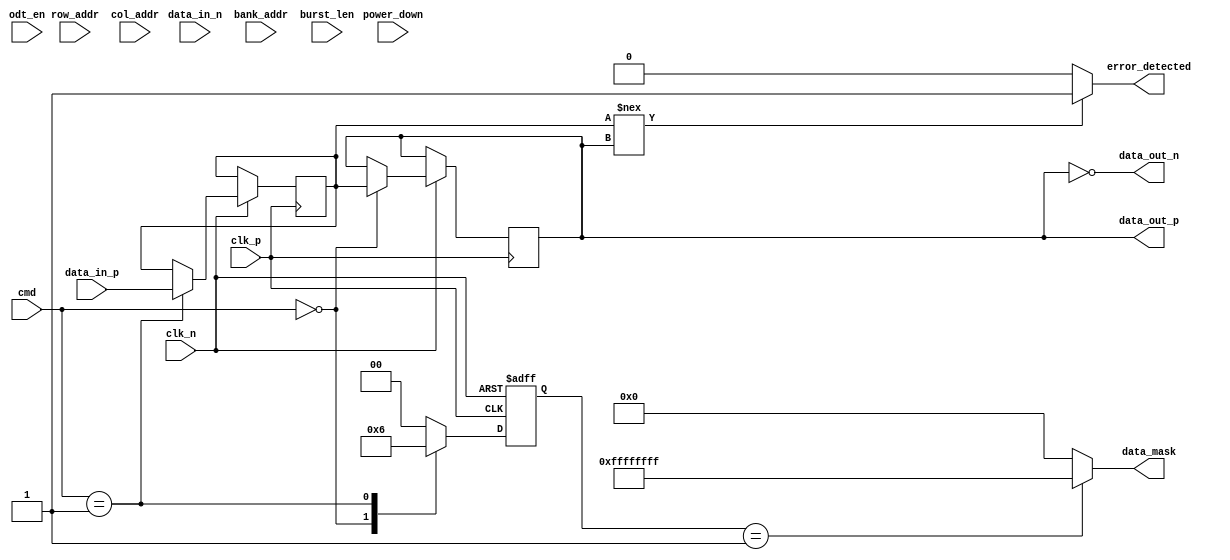
module LPDDR5_IO_Block (
    input wire clk_p,           // Differential Clock Positive
    input wire clk_n,           // Differential Clock Negative
    input wire [31:0] data_in_p, // Differential Data Input Positive (x32)
    input wire [31:0] data_in_n, // Differential Data Input Negative (x32)
    output wire [31:0] data_out_p, // Differential Data Output Positive (x32)
    output wire [31:0] data_out_n, // Differential Data Output Negative (x32)
    input wire [1:0] cmd,      // Command Input (00: Read, 01: Write, 10: Refresh)
    input wire [3:0] bank_addr, // Bank Address
    input wire [15:0] row_addr,  // Row Address
    input wire [15:0] col_addr,  // Column Address
    input wire odt_en,          // On-Die Termination Enable
    input wire power_down,      // Power Down Mode
    input wire [1:0] burst_len,  // Burst Length (00: BL=4, 01: BL=8, etc.)
    output wire error_detected,  // Error Detection Signal
    output wire [31:0] data_mask // Data Mask for Partial Writes
);

// Internal signals
reg [31:0] data_reg;
reg [31:0] data_out_reg;
reg [1:0] state;
reg odt_enabled;

// State Machine for Command Processing
always @(posedge clk_p or negedge clk_n) begin
    if (!clk_n) begin
        state <= 2'b00; // Reset state
    end else begin
        case (cmd)
            2'b00: begin // Read Command
                // Implement read logic
                data_out_reg <= data_reg; // Example read operation
                state <= 2'b01; // Move to next state
            end
            2'b01: begin // Write Command
                // Implement write logic
                data_reg <= data_in_p; // Example write operation
                state <= 2'b10; // Move to next state
            end
            2'b10: begin // Refresh Command
                // Implement refresh logic
                state <= 2'b00; // Return to reset state
            end
            default: state <= 2'b00; // Default to reset state
        endcase
    end
end

// On-Die Termination Logic
always @(posedge clk_p) begin
    if (odt_en) begin
        odt_enabled <= 1'b1; // Enable ODT
    end else begin
        odt_enabled <= 1'b0; // Disable ODT
    end
end

// Error Detection Logic (simplified)
assign error_detected = (data_reg !== data_out_reg) ? 1'b1 : 1'b0;

// Output assignments
assign data_out_p = data_out_reg;
assign data_out_n = ~data_out_reg; // Inverting for differential signaling

// Data Mask Logic (simplified)
assign data_mask = (state == 2'b01) ? 32'hFFFFFFFF : 32'h00000000; // Example mask

endmodule